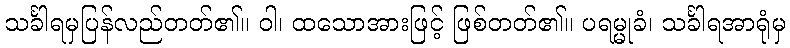
သင်္ခါရမှပြန်လည်တတ်၏။ ဝါ၊ ထသောအားဖြင့် ဖြစ်တတ်၏။ ပရမ္မုခံ၊ သင်္ခါရအာရုံမှ